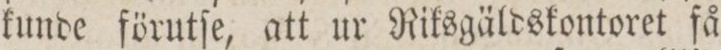
kunde förutſe, att ur Riksgäldskontoret få